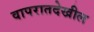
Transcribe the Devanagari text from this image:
वापरातदेखील